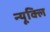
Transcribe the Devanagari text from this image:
न्यूक्लि